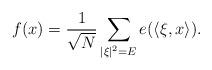
LaTeX: \begin{align*}f(x)=\frac{1}{\sqrt{N}}\sum_{ |\xi|^2=E} e(\langle \xi, x\rangle). \end{align*}